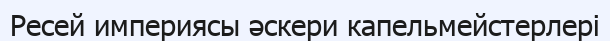
Ресей империясы әскери капельмейстерлері